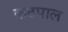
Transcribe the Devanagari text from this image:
कठपाल